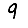
Digit: 9